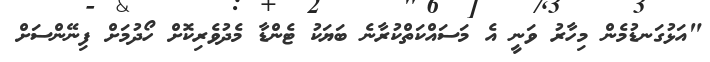
"އަޅުގަނޑުމެން މިހާރު ވަނީ އެ މަސައްކަތްކުރާނެ ބަޔަކު ޓެންޑާ މެދުވެރިކޮށް ހޯދުމަށް ފިނޭންސަށް